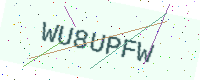
Text: WU8UPFW